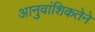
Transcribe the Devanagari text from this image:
आनुवांशिकतेने